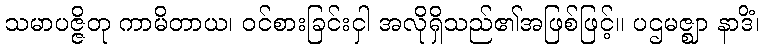
သမာပဇ္ဇိတု ကာမိတာယ၊ ဝင်စားခြင်းငှါ အလိုရှိသည်၏အဖြစ်ဖြင့်။ ပဌမဇ္ဈာ နာဒိံ၊